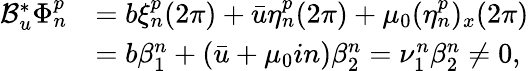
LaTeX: \begin{array}{rl}{\mathcal{B}_{u}^{*}\Phi_{n}^{p}}&{=b\xi_{n}^{p}(2\pi)+\bar{u}\eta_{n}^{p}(2\pi)+\mu_{0}(\eta_{n}^{p})_{x}(2\pi)}\\ &{=b\beta_{1}^{n}+(\bar{u}+\mu_{0}in)\beta_{2}^{n}=\nu_{1}^{n}\beta_{2}^{n}\neq 0,}\end{array}